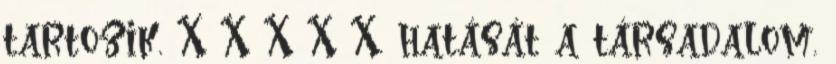
tartozik. X X X X X. hatását a társadalom.